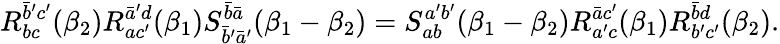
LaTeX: R_{bc}^{\bar{b}^{\prime}c^{\prime}}(\beta_{2})R_{ac^{\prime}}^{\bar{a}^{\prime}d}(\beta_{1})S_{\bar{b}^{\prime}\bar{a}^{\prime}}^{\bar{b}\bar{a}}(\beta_{1}-\beta_{2})=S_{ab}^{a^{\prime}b^{\prime}}(\beta_{1}-\beta_{2})R_{a^{\prime}c}^{\bar{a}c^{\prime}}(\beta_{1})R_{b^{\prime}c^{\prime}}^{\bar{b}d}(\beta_{2}).